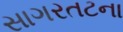
સાગરતટના